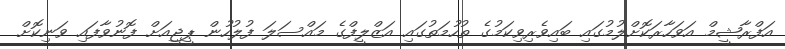
އަފްރާޝީމް އަވަހާރަކޮށްލުމުގައި ބައިވެރިވިކަމުގެ ތުހުމަތުގައި އަޒްލީފްގެ މައްސަލަ ފުލުހުން ޕީޖީއަށް ފޮނުވާފައި ވަނިކޮށް